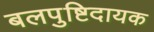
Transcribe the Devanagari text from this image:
बलपुष्टिदायक